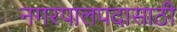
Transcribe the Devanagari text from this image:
नगरपालपदासाठी